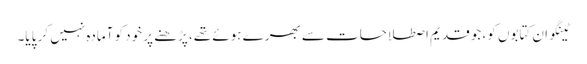
ٹینگو ان کتابوں کو، جو قدیم اصطلاحات سے بھرے ہوئے تھے، پڑھنے پر خود کو آمادہ نہیں کر پایا۔